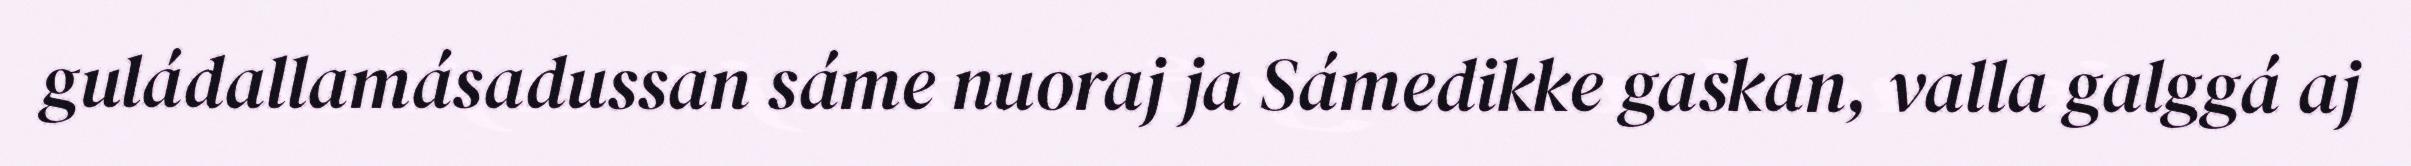
guládallamásadussan sáme nuoraj ja Sámedikke gaskan, valla galggá aj